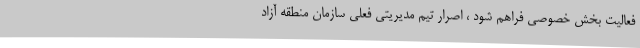
فعالیت بخش خصوصی فراهم شود ، اصرار تیم مدیریتی فعلی سازمان منطقه آزاد